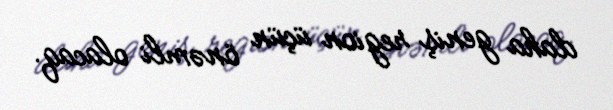
daha geniş region üçün önəmli olacaq.